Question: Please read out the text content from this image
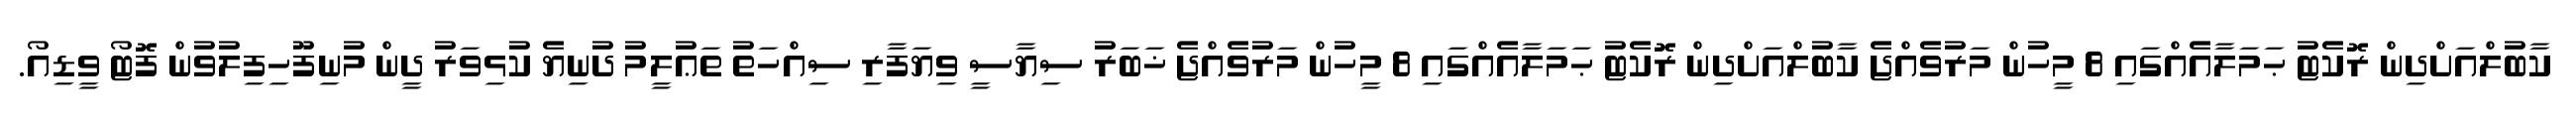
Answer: ކާބުލްއަށްދިން ރޮކެޓު ޙަމަލާއެއްގައި 8 މީހުން މަރުވެއްޖެ ކާބުލްއަށްދިން ރޮކެޓު ޙަމަލާއެއްގައި 8 މީހުން މަރުވެއްޖެ ޚަބަރު ސިޔާސީ ވިޔަފާރި ސިއްހަތު ތަޢުލީމު ދުނިޔެ ކުޅިވަރު ދީން މުނިފޫހިފިލުވުން ފޮޓޯ ވީޑިއޯ.